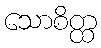
သောစိတ္ထ